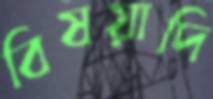
বিষয়াদি